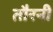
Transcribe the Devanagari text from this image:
तौरनी